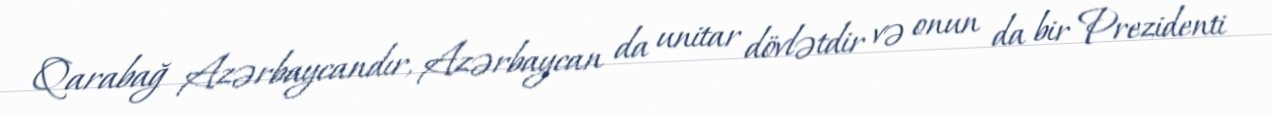
Qarabağ Azərbaycandır, Azərbaycan da unitar dövlətdir və onun da bir Prezidenti